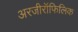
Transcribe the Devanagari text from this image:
अरजीरॉफिलिक